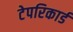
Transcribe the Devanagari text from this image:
टेपरिकार्ड